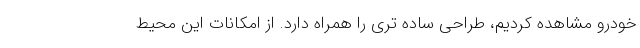
خودرو مشاهده کردیم، طراحی ساده تری را همراه دارد. از امکانات این محیط